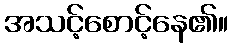
အသင့်စောင့်နေ၏။